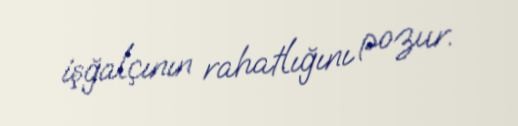
işğalçının rahatlığını pozur.